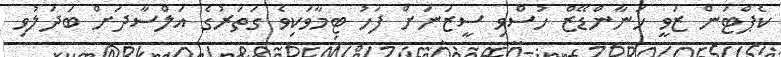
ކެޕްޓަން ޒަވީ ހަނާންޑޭޒް ހުސްވި ސީޒަނަށް ފަހު ޓިމާވަކިވެ ގަތަރުގެ އަލްސާދަށް ބަދަލުވި